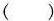
()